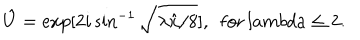
\hat { U } = \exp [ 2 i \sin ^ { - 1 } \sqrt { \lambda \hat { x } / 8 } ] , \ \ \mathrm { f o r } \, l a m b d a \leq 2 .